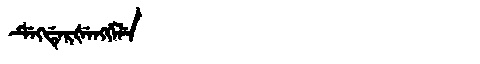
Manchu: ᡩᡝᡴᡩᡝᡵᡧᡝᠩᡤᡝᠯᡝ
Romanization: DEKDERŠENGGELE